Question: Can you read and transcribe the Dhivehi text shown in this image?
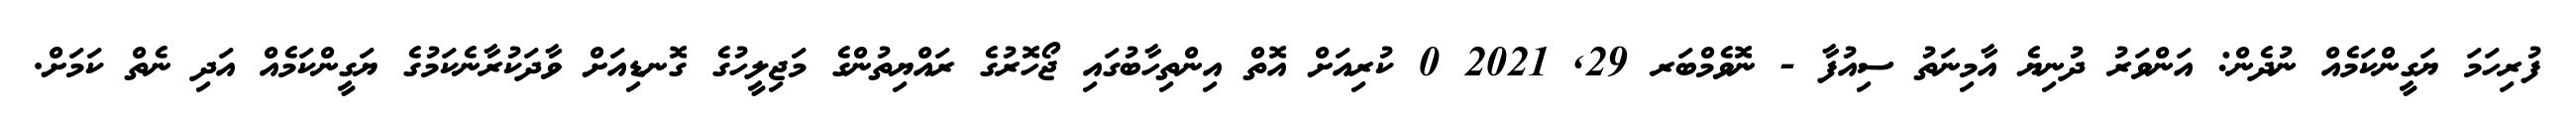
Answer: ފުރިހަމަ ޔަގީންކަމެއް ނުދެން: އަންވަރު ދުނިޔެ އާމިނަތު ސިއުފާ - ނޮވެމްބަރ 29, 2021 0 ކުރިއަށް އޮތް އިންތިހާބުގައި ޖޯހޮރުގެ ރައްޔިތުންގެ މަޖިލީހުގެ ގޮނޑިއަށް ވާދަކުރާނެކަމުގެ ޔަގީންކަމެއް އަދި ނެތް ކަމަށް.